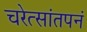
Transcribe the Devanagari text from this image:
चरेत्सांतपनं